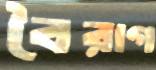
বৈরাগ